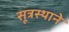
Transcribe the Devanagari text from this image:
सूत्रस्थाने